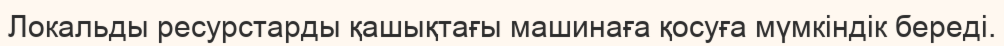
Локальды ресурстарды қашықтағы машинаға қосуға мүмкіндік береді.